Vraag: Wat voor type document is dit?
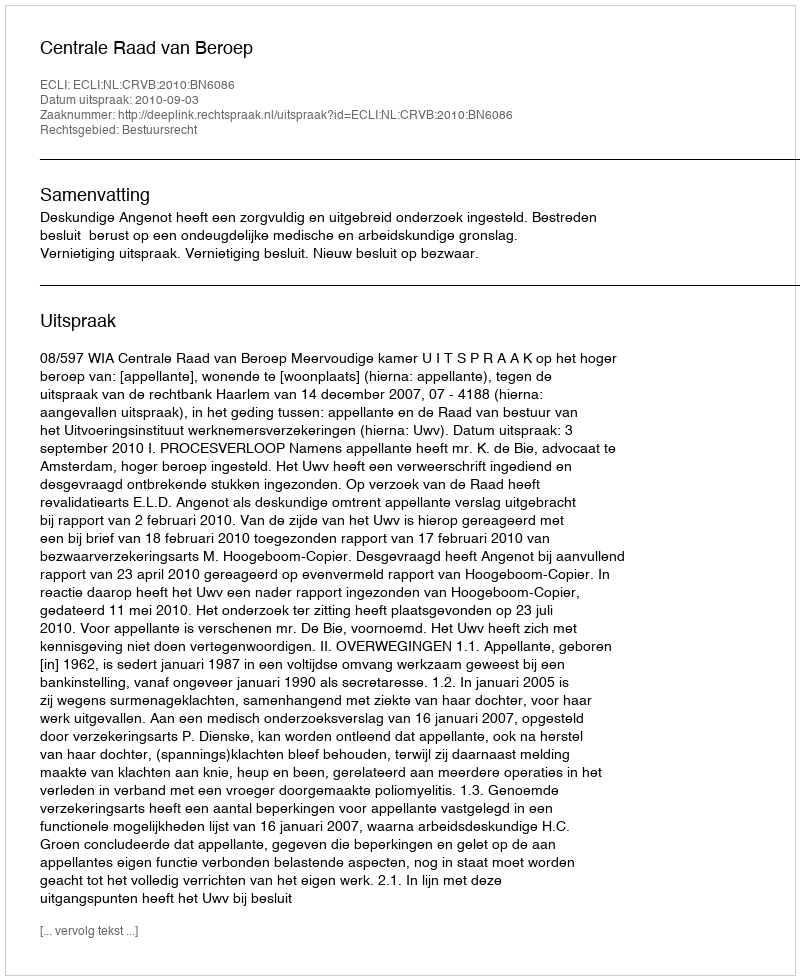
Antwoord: Uitspraak